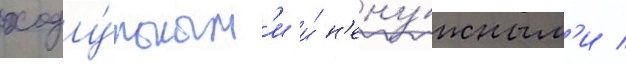
ходу́льным'и и́ н'ену́жным'и /